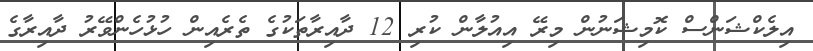
އިލެކްޝަންސް ކޮމިޝަނުން މިރޭ އިއުލާން ކުރި 12 ދާއިރާތަކުގެ ތެރެއިން ހުޅުހެންވޭރު ދާއިރާގެ